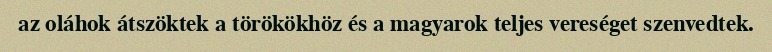
az oláhok átszöktek a törökökhöz és a magyarok teljes vereséget szenvedtek.